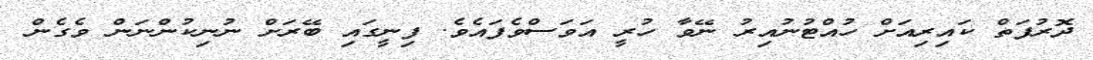
ދޮރުފަތް ކައިރިއަށް ހުއްޓުނުއިރު ނޭވާ ހުރީ އަވަސްވެފައެވެ. ފިނީގައި ބޭރަށް ނުނިކުންނަން ވެގެން